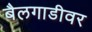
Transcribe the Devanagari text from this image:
बैलगाडीवर